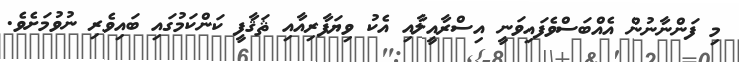
މި ފަންނާނުން އެއްބަސްވެފައިވަނީ އިސްރާއީލާއި އެކު ވިޔަފާރިއާއި ޘަޤާފީ ކަންކަމުގައި ބައިވެރި ނުވުމަށެވެ.